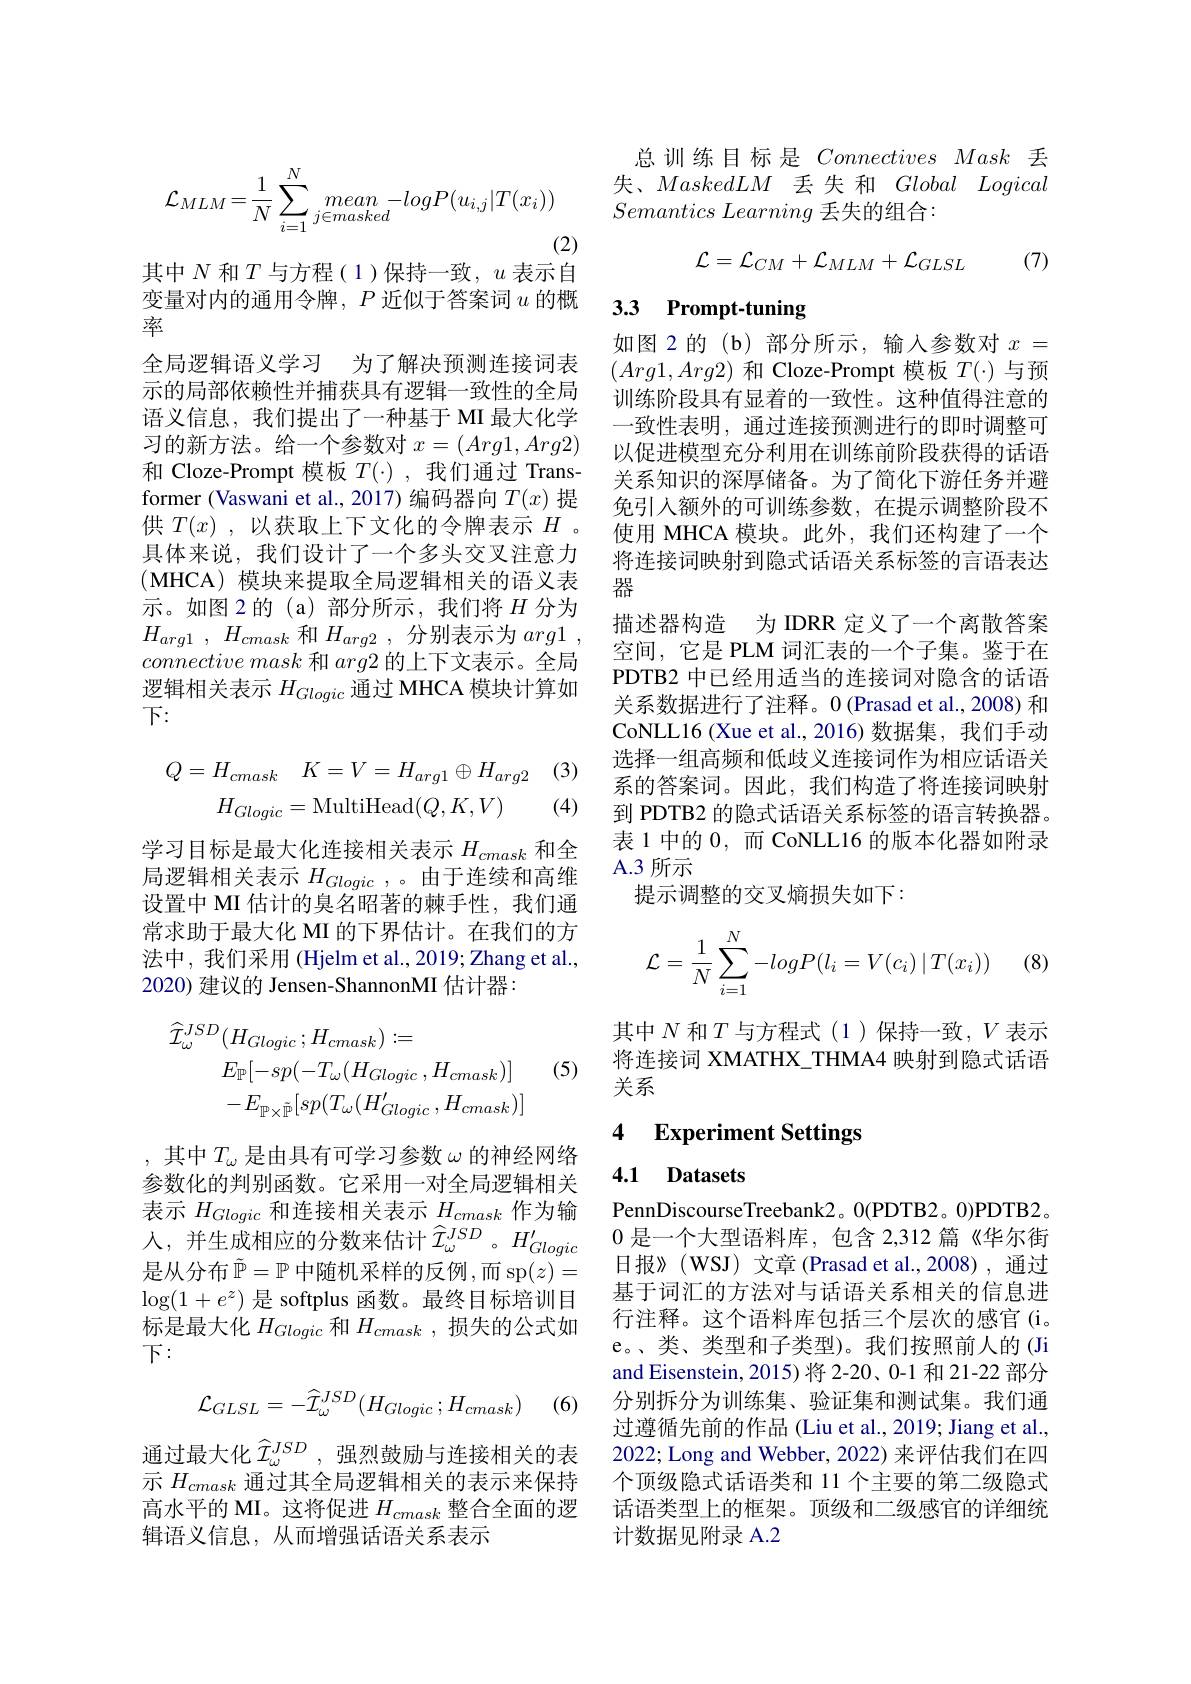
$$\mathcal{L}_{MLM}=\frac{1}{N}\sum_{i=1}^{N}mean-logP(u_{i,j}|T(x_{i}))$$
(2)

其中$N$和$T$与方程(1)保持一致，$u$表示自变量对内的通用令牌，$P$近似于答案词$u$ 的概率
全局逻辑语义学习 为了解决预测连接词表示的局部依赖性并捕获具有逻辑一致性的全局语义信息，我们提出了一种基于 MI 最大化学习的新方法。给一个参数对$x=(Arg1,Arg2)$ 和 Cloze-Prompt 模板$T(\cdot)$ ,我们通过 Transformer (Vaswani et al.,2017)编码器向$T(x)$ 提供$T( x)$ ,以获取上下文化的令牌表示$H$ 具体来说，我们设计了一个多头交叉注意力(MHCA) 模块来提取全局逻辑相关的语义表示。如图 2 的 (a)部分所示，我们将$H$分为$H_{arg1}$ , $H_{cmask}$和$H_{arg2}$ ,分别表示为$arg1$ , $connective\textit{mask 和 }arg$2 的上下文表示。全局逻辑相关表示$H_{Glogic}$通过 MHCA 模块计算如下：

(3)
$$\begin{aligned}Q=H_{cmask}&\quad K=V=H_{arg1}\oplus H_{arg2}\\H_{Glogic}&=\mathrm{MultiHead}(Q,K,V)\end{aligned}$$
(4)

学习目标是最大化连接相关表示$H_{cmask}$和全局逻辑相关表示$H_Glogic$,。由于连续和高维设置中 MI 估计的臭名昭著的棘手性，我们通常求助于最大化 MI 的下界估计。在我们的方法中，我们采用 (Hjelm et al.,2019;Zhang et al., 2020) 建议的 Jensen-ShannonMI 估计器：

(5)
$$\begin{aligned}\widehat{\mathcal{I}}_{\omega}^{JSD}(H_{Glogic};H_{cmask})&:=\\&E_{\mathbb{P}}[-sp(-T_{\omega}(H_{Glogic},H_{cmask})]\\&-E_{\mathbb{P}\times\tilde{\mathbb{P}}}[sp(T_{\omega}(H_{Glogic}^{\prime},H_{cmask})]\end{aligned}$$
,其中$T_\omega$是由具有可学习参数$\omega$的神经网络参数化的判别函数。它采用一对全局逻辑相关表示$H_{Glogic}$和连接相关表示$H_cmask$作为输人，并生成相应的分数来估计$\hat{\mathcal{T}}_{\omega}^{JSD}$。$H_{Glogic}^{\prime}$ 是从分布$\tilde{\mathbb{P}}=\mathbb{P}$ 中随机采样的反例 ,而 sp$(z)=$ $\log(1+e^z)$是 softplus 函数。最终目标培训目标是最大化$H_{Glogic}$和$H_{cmask}$ ,损失的公式如下：
$$\mathcal{L}_{GLSL}=-\widehat{\mathcal{I}}_{\omega}^{JSD}(H_{Glogic}\:;H_{cmask})$$
(6)

通过最大化$\widehat{\mathcal{I}}_\omega^{JSD}$,强烈鼓励与连接相关的表示$H_{cmask}$通过其全局逻辑相关的表示来保持高水平的 MI。这将促进$H_{cmask}$整合全面的逻辑语义信息，从而增强话语关系表示

总训练目标是ConnectivesMask丢失、MaskedLM丢失和$Global\textit{Logical}$ $Semantics\textit{ Learning 丢 失 的 组 合 }:$
$$\mathcal{L}=\mathcal{L}_{CM}+\mathcal{L}_{MLM}+\mathcal{L}_{GLSL}$$
(7)

# 3.3 Prompt-tuning

如图 2 的 (b)部分所示，输入参数对$x=$ $(Arg1,Arg2)$和 Cloze-Prompt 模板$T(\cdot)$与预训练阶段具有显着的一致性。这种值得注意的一致性表明，通过连接预测进行的即时调整可以促进模型充分利用在训练前阶段获得的话语关系知识的深厚储备。为了简化下游任务并避免引入额外的可训练参数，在提示调整阶段不使用 MHCA 模块。此外，我们还构建了一个将连接词映射到隐式话语关系标签的言语表达器
描述器构造 为 IDRR 定义了一个离散答案空间，它是 PLM 词汇表的一个子集。鉴于在PDTB2 中已经用适当的连接词对隐含的话语关系数据进行了注释。0 (Prasad et al., 2008) 和CoNLL16 (Xue et al.,2016)数据集，我们手动选择一组高频和低歧义连接词作为相应话语关系的答案词。因此，我们构造了将连接词映射到 PDTB2 的隐式话语关系标签的语言转换器。表 1 中的0，而 CoNLL16 的版本化器如附录A.3 所示
提示调整的交叉熵损失如下：
$$\mathcal{L}=\frac{1}{N}\sum_{i=1}^{N}-logP(l_{i}=V(c_{i})\mid T(x_{i}))$$
其中$N$和$T$与方程式(1)保持一致，$V$表示将连接词 XMATHX\_THMA4 映射到隐式话语关系

## 4 Experiment Settings

## 4.1 Datasets

PennDiscourseTreebank2。0(PDTB2。0)PDTB2。0是一个大型语料库，包含 2,312 篇《华尔街日报》(WSJ) 文章 (Prasad et al.,2008),通过基于词汇的方法对与话语关系相关的信息进行注释。这个语料库包括三个层次的感官(i。e。、类、类型和子类型)。我们按照前人的 (Ji and Eisenstein, 2015)将 2-20、0-1 和 21-22 部分分别拆分为训练集、验证集和测试集。我们通过遵循先前的作品 (Liu et al., 2019; Jiang et al., 2022; Long and Webber, 2022) 来评估我们在四个顶级隐式话语类和 11 个主要的第二级隐式话语类型上的框架。顶级和二级感官的详细统计数据见附录 A.2